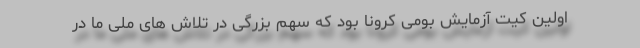
اولین کیت آزمایش بومی کرونا بود که سهم بزرگی در تلاش های ملی ما در